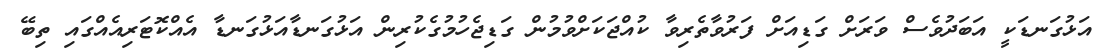
އަޅުގަނޑަކީ އަބަދުވެސް ވަރަށް ގަޑިއަށް ފަރުވާތެރިވާ ކުއްޖަކަށްވުމުން ގަޑިޖެހުމުގެކުރިން އަޅުގަނޑާއަޅުގަނޑާ އެއްކޮޓަރިއެއްގައި ތިބޭ